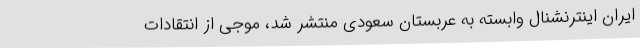
ایران اینترنشنال وابسته به عربستان سعودی منتشر شد، موجی از انتقادات